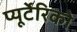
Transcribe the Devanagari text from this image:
प्यूर्टेरिको